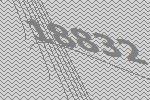
18832